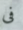
فى